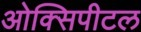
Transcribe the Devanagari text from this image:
ओक्सिपीटल